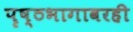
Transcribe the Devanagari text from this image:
पृष्ठभागावरही